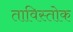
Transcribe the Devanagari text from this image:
ताविस्तोक